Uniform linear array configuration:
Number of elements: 24
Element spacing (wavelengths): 0.5
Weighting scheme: kaiser
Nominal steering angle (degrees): -45
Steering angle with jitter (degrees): -43.422
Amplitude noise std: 0.05
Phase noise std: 0.05

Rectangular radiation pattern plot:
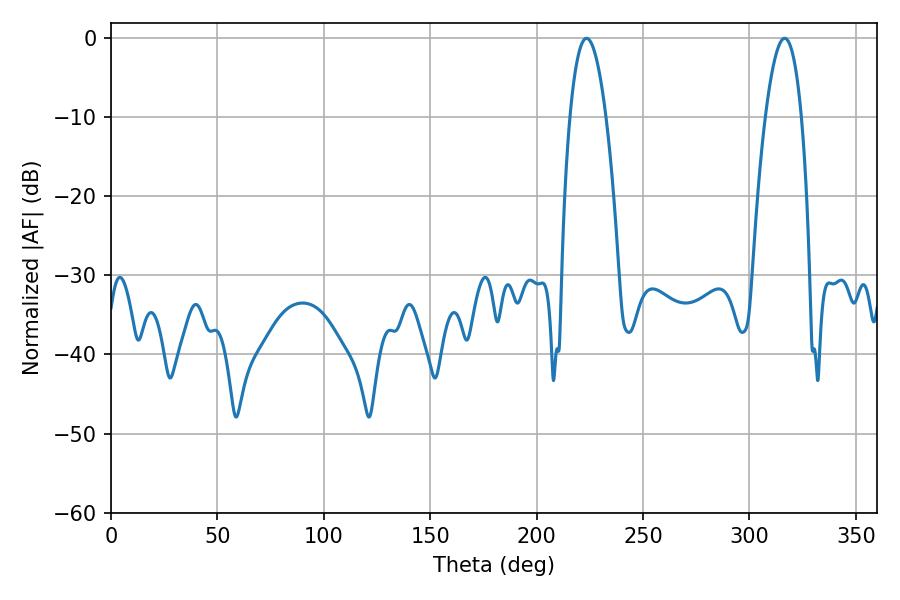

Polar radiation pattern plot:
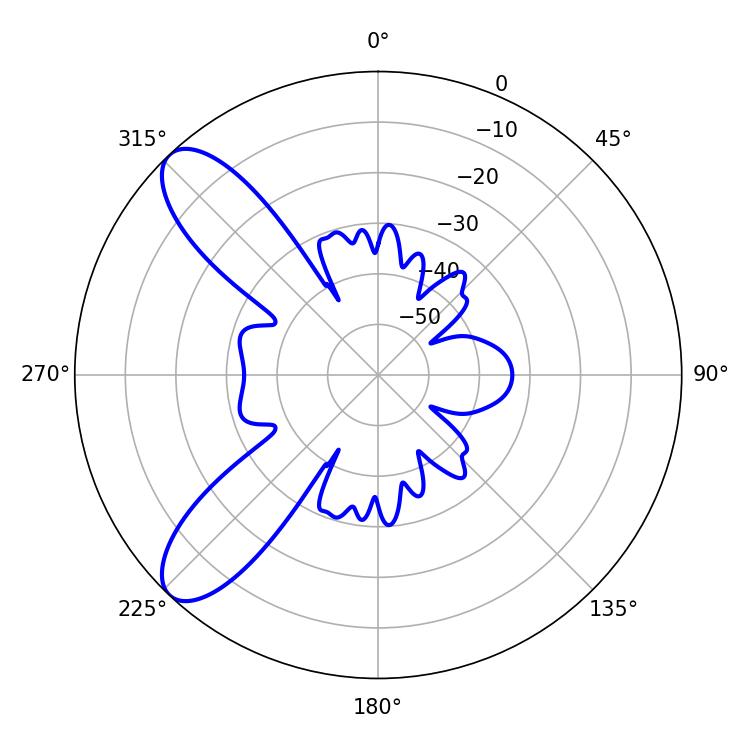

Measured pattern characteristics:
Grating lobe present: FALSE
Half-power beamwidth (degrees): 9.36
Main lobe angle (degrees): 223.38